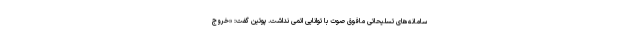
سامانه‌های تسلیحاتی مافوق صوت با توانایی اتمی نداشت. پوتین گفت: «خروج